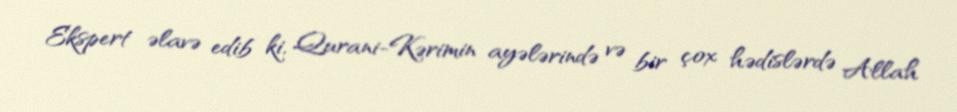
Ekspert əlavə edib ki, Qurani-Kərimin ayələrində və bir çox hədislərdə Allah